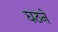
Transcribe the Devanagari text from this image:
घठने